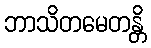
ဘာသိတမေတန္တိ